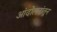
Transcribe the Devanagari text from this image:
आंदोलनांतून